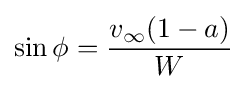
\sin \phi ={\frac {v_{\infty }(1-a)}{W}}